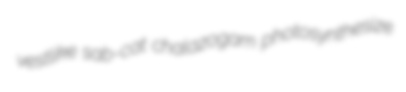
vestlike sab-cat chalazogam photosynthesize